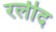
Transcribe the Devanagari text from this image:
रलीद